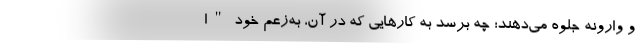
و وارونه جلوه می‌دهند؛ چه برسد به کارهایی که در آن، به‌زعم خود "ا